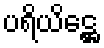
ပရိယိဋ္ဌေ